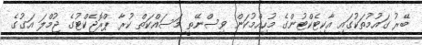
ބޭރު ގައުމުތަކުގައި އާކިޓެކްޓުންގެ މުހިއްމުކަން ވިސްނޭތީ މަސައްކަތް ކުރާ ޕްރޮޖެކްޓުގެ ޖުމްލަ އަގުގެ